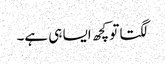
لگتا تو کچھ ایسا ہی ہے۔